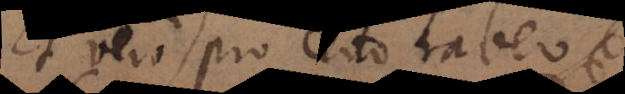
Et vero pro certo habeo